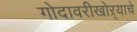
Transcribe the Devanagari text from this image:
गोदावरीखोऱ्याचे